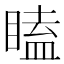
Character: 瞌